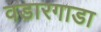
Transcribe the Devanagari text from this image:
वडारगाडा